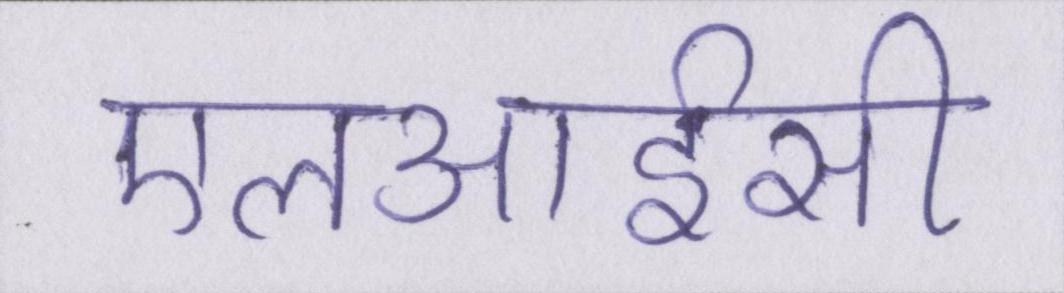
एलआईसी